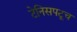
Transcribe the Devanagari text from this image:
टेनिसपटूच